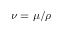
\nu = \mu / \rho